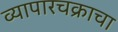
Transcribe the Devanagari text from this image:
व्यापारचक्राचा